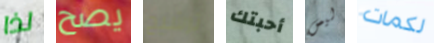
لذا يصح ترشيح أحبتك ليس لكمات